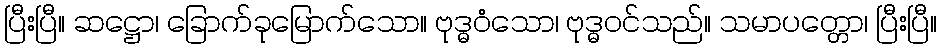
ပြီးပြီ။ ဆဋ္ဌော၊ ခြောက်ခုမြောက်သော။ ဗုဒ္ဓဝံသော၊ ဗုဒ္ဓဝင်သည်။ သမာပတ္တော၊ ပြီးပြီ။